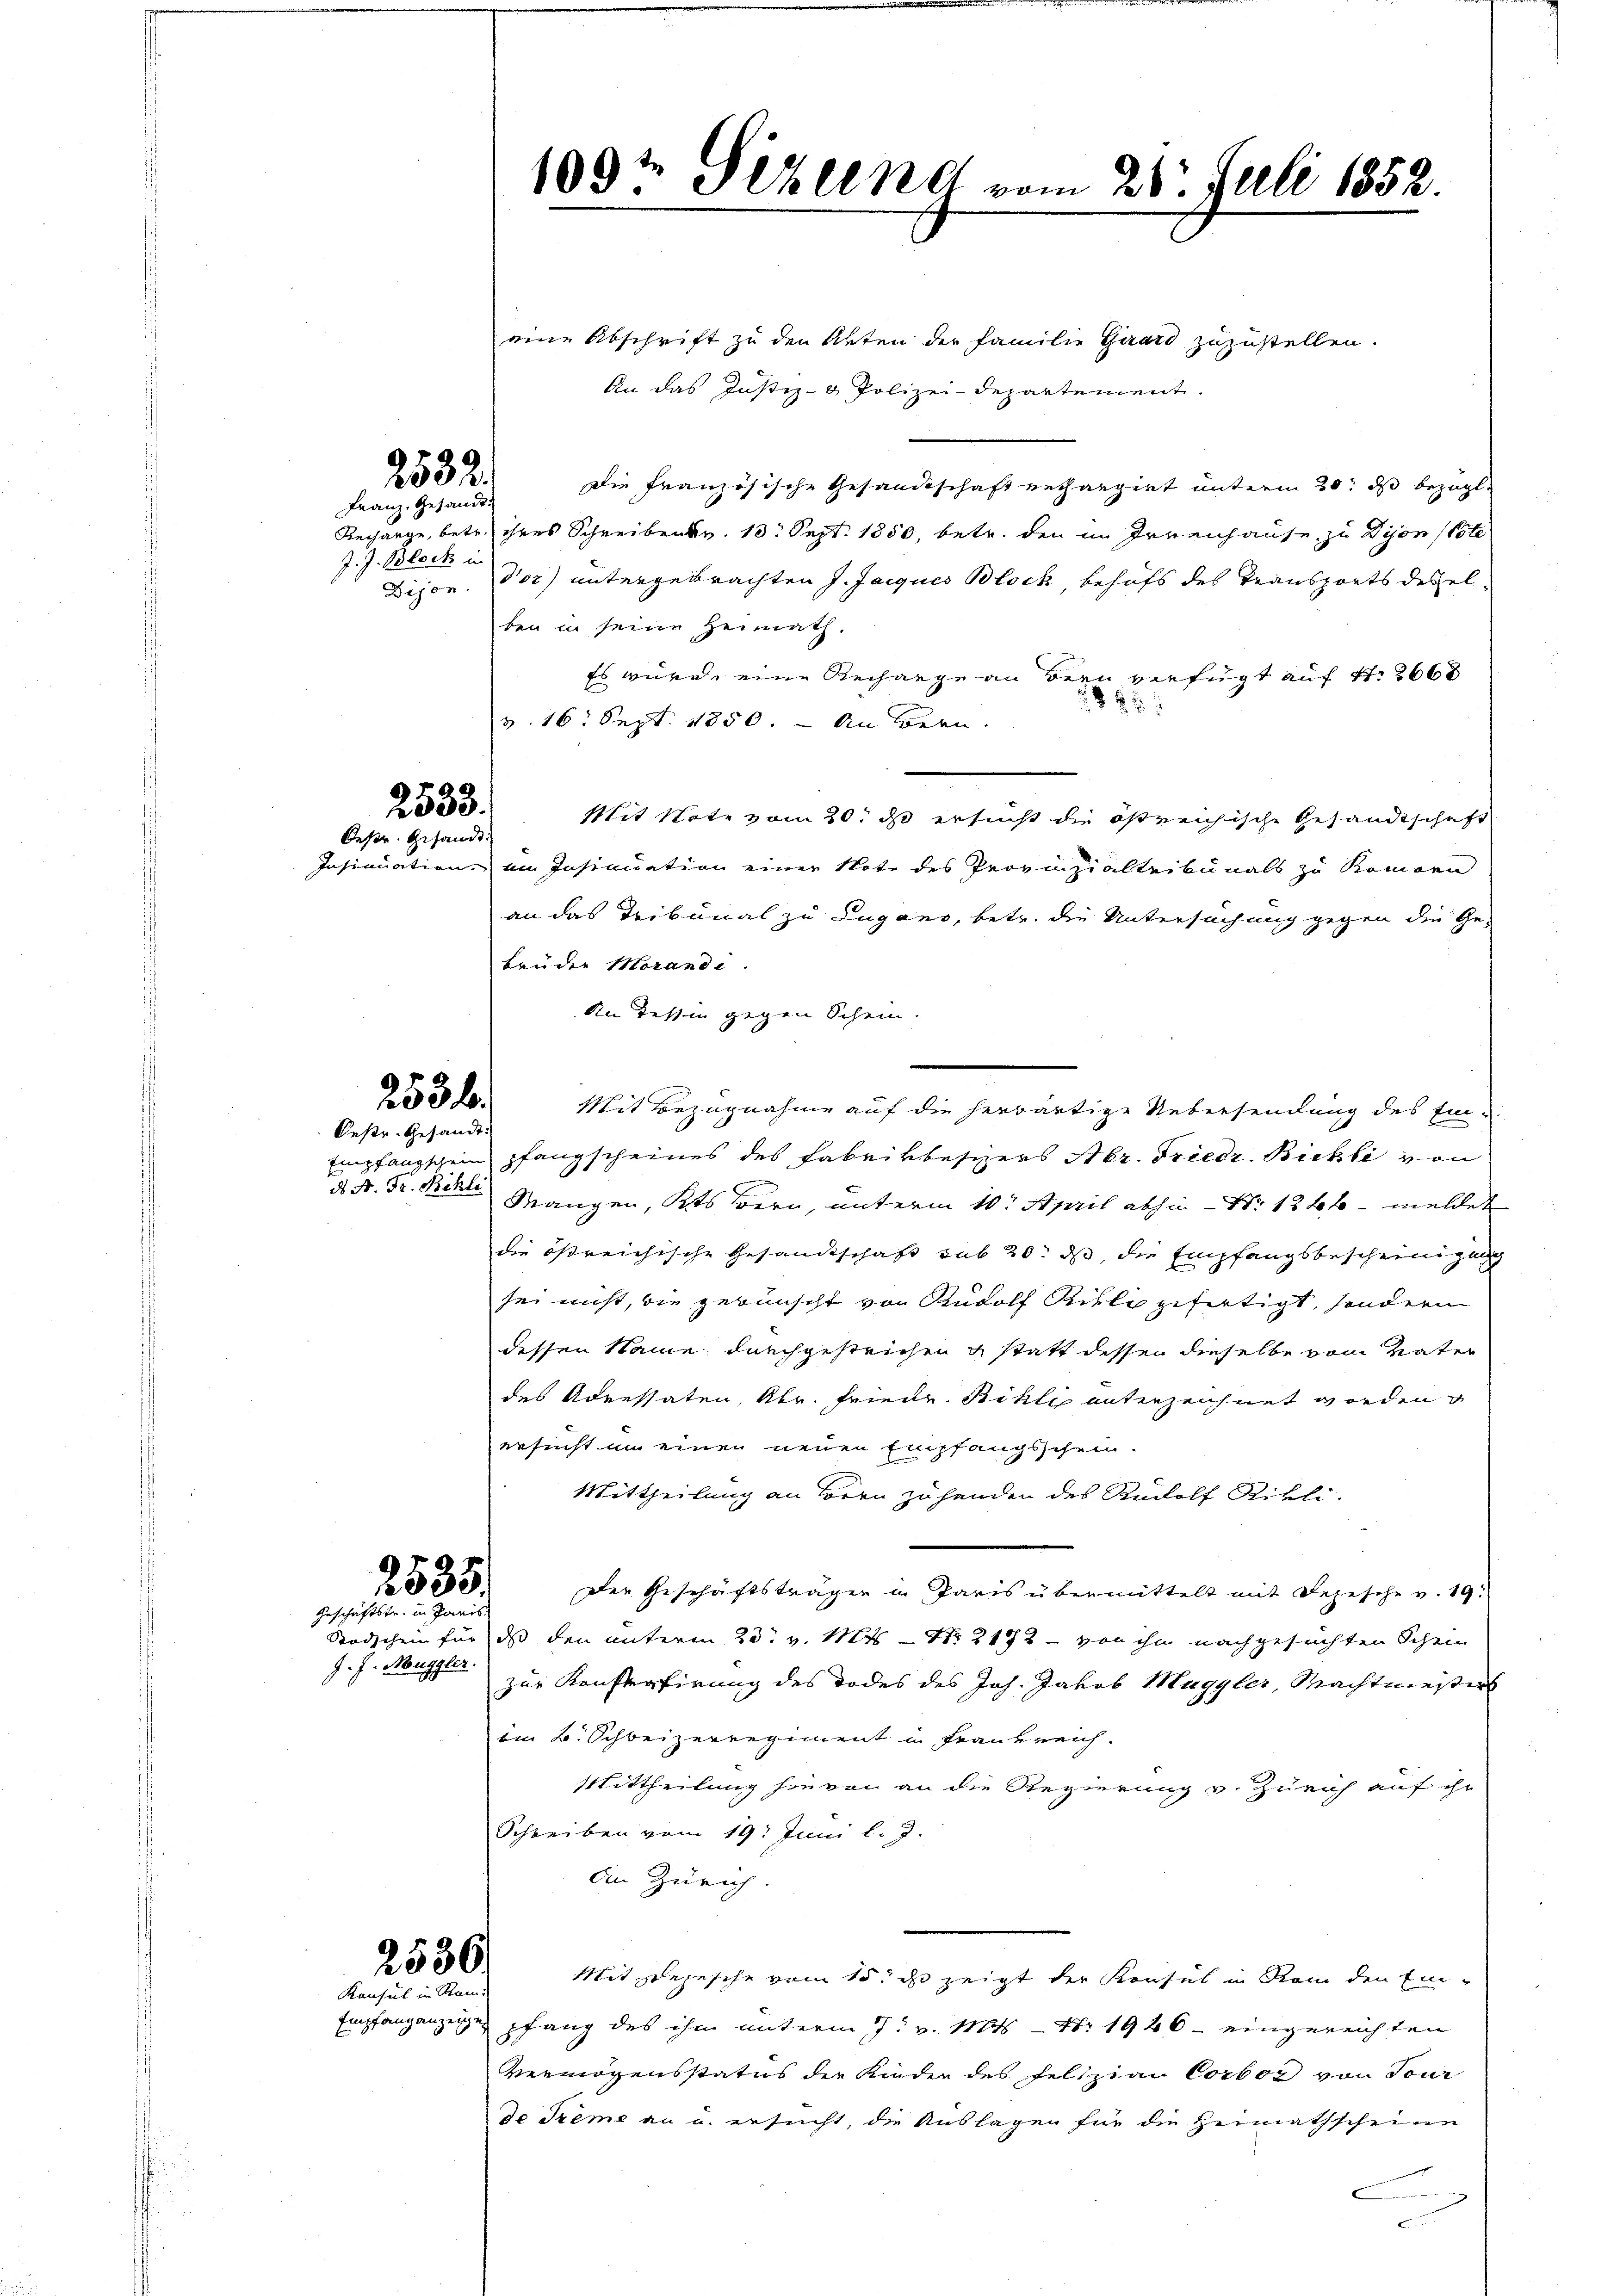
199te Fehlend vom 28. Juli 1852.

eine Abschrift zu den Akten der Familie Guard zuzustellen.
An das Justiz- & Polizei-Departement.
dDie französische Gesandtschaft enthangirt unterm 20. ds bezügl.
Rechange, betr. ihres Schreiben v. 13. Sept. 1850, betr. den im Irrenhause zu Dion (ste
Dijon. Vor) untergebrachten J. Jacques Block behufs des Transports desselben in seine Heimath.
Es würde eine Rechange an dern verfügt auf S. 2660
8xx
v. 16. Sept. 1850. – An Bern.
Mit Note vom 30. ds ersucht die östreichische Gesandtschaft
Insinuation im Insinuation einer Note des Provinzialtribunals zu Kommorn
an das Tribunal zu Lugano, betr. die Untersuchung gegen die Ge-
Brüder Morandi
An Tessin gegen Schein.
Empfangschein pfangscheines des Fabrikbesizers Abr. Friedr. Bickli von
e
g. H. Fr. Bente Mangen, Kts. Bern, unterm 10. April abhin - Nr. 124 - meldet
die östreichische Gesandtschaft sub 20. ds, die Empfangsbescheinigung
sei nicht, die gewünscht von Rudolf Ritte gefertigt, sondern
dessen Name durchgestrichen & statt dessen dieselbe vom Vater
des Adressaten, Abr. Friede Billi unterzeichnet worden
ersucht in einen neuen Empfangsschen.
Mittheilung an Bern Zuhenden des Rudolf Rikli-
Der Geschäftsträger in Paris übermittelt mit Depesche v. 19.
Stodschen für dass den unterm 23. v. Mts. – Nr. 212 - von ihn nachgesuchten Schein
zur Konfertirung des Todes des Joh. Jakob Muggler, Machtmeisters
im B. Schweizerregiment in Frankreich.
Mittheilung hievon an die Regierung v. Zürich auf ihr
Schreiben vom 19. Juni l. J.
An Zürich.
Mit Depesche vom 15t d zeigt der Konsul in Rom den Ein¬
Empfang anzeigen pfang des ihm unterm 7. v. Mts. — Nr 1946 - eingereichten
vermögensstatus der Kinder des Feltzian Corbor von Tour
de Trême an u. ersucht, die Auslagen für die Heimathscheine
m

2532.
Franz, Gesandt:

J. J. Block in

2533.
Oestr. Gesandt

253 f.
Oestr. Gesandt.

Mit Bezugnahme auf die herwärtige Uebersendung des Ein¬

2535/
Geschäftstr. in Paris

J. J. Muggler.

2536.
Konsul in Ram

c